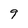
Character: 9